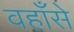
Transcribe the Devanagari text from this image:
वहाँसे